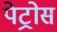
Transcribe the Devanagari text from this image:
पेट्रोस